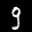
Label: 9